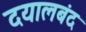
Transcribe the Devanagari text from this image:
दयालबंद